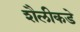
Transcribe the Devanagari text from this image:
शैलीकडे